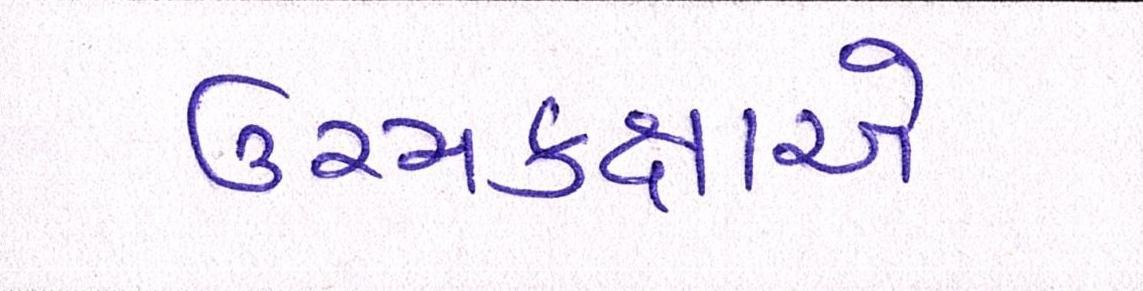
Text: ઉચ્ચકક્ષાએ